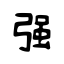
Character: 强